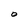
Character: O